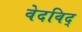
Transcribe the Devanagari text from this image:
वेदविद्